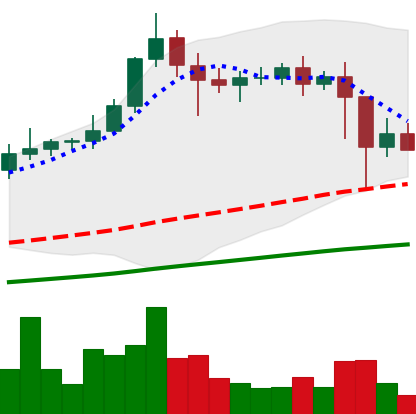
Ticker: XLM-USD
Chart end date: 2021-02-25
Forward return: 10.044%
Label: up_7plus